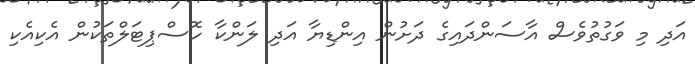
އަދި މި ވަގުތުވެސް އާސަންދައިގެ ދަށުން އިންޑިޔާ އަދި ލަންކާ ހޮސްޕިޓަލްތަކުން އެކިއެކި